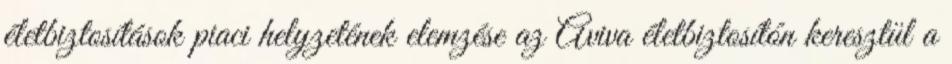
életbiztosítások piaci helyzetének elemzése az Aviva életbiztosítón keresztül a